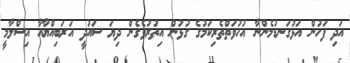
އަދި ފަހުން އަޅުގަނޑުމެންނާ އުހުވަތްތެރިކަމުގެ ގުޅުން އިތުރުވެގެން ދިޔަ ސައުދީ އަރަބިއްޔާއާ އިސްލާމީ